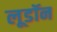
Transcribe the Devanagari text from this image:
लूडॉन